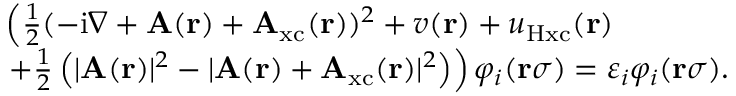
\begin{array} { r l } & { \left( \frac { 1 } { 2 } ( - \mathrm { i } \nabla + \mathbf { A } ( \mathbf { r } ) + \mathbf { A } _ { \mathrm { x c } } ( \mathbf { r } ) ) ^ { 2 } + v ( \mathbf { r } ) + u _ { \mathrm { H x c } } ( \mathbf { r } ) \right. } \\ & { \left. + \frac { 1 } { 2 } \left( | \mathbf { A } ( \mathbf { r } ) | ^ { 2 } - | \mathbf { A } ( \mathbf { r } ) + \mathbf { A } _ { \mathrm { x c } } ( \mathbf { r } ) | ^ { 2 } \right) \right) \varphi _ { i } ( \mathbf { r } \sigma ) = \varepsilon _ { i } \varphi _ { i } ( \mathbf { r } \sigma ) . } \end{array}